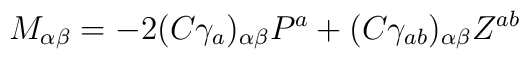
M_{\alpha\beta}=-2(C\gamma_a)_{\alpha\beta}P^a+(C\gamma_{ab})_{\alpha\beta}Z^{ab}